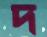
দ